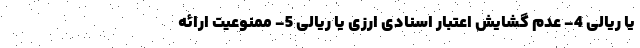
یا ریالی 4- عدم گشایش اعتبار اسنادی ارزی یا ریالی 5- ممنوعیت ارائه